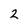
Character: 2